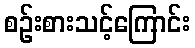
စဉ်းစားသင့်ကြောင်း